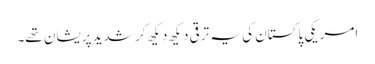
امریکی پاکستان کی یہ ترقی دیکھ دیکھ کر شدید پریشان تھے۔